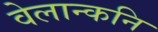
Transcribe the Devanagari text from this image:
वेलान्कनि